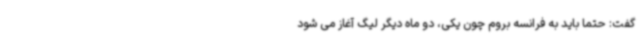
گفت: حتما باید به فرانسه بروم چون یکی، دو ماه دیگر لیگ آغاز می شود